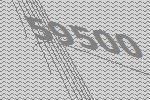
59500